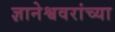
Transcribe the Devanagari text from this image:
ज्ञानेश्ववरांच्या